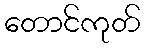
တောင်ကုတ်